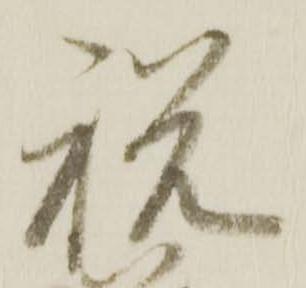
祝